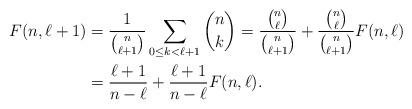
LaTeX: \begin{align*} F(n, \ell+1)&=\frac1{\binom{n}{\ell+1}}\sum_{0\le k<\ell+1}\binom{n}{k} =\frac{\binom{n}{\ell}}{\binom{n}{\ell+1}}+ \frac{\binom{n}{\ell}}{\binom{n}{\ell+1}}F(n, \ell)\\ &=\frac{\ell+1}{n-\ell} + \frac{\ell+1}{n-\ell}F(n, \ell). \end{align*}